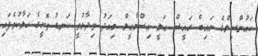
ކައުންސިލްގެ ނައިބް ރައީސް ޢަލީ އިސްމާޢީލް މިއަދު ވިދާޅުވީ ކަނޑު ތޮށީގެ ހަލާކުވެފައި